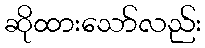
ဆိုထားသော်လည်း